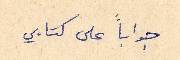
جواباً على كتابي